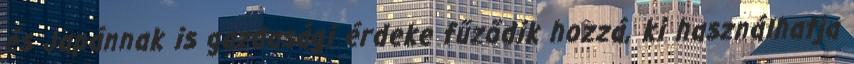
és Japánnak is gazdasági érdeke fűződik hozzá, ki használhatja